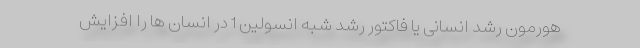
هورمون رشد انسانی یا فاکتور رشد شبه انسولین 1 در انسان ها را افزایش